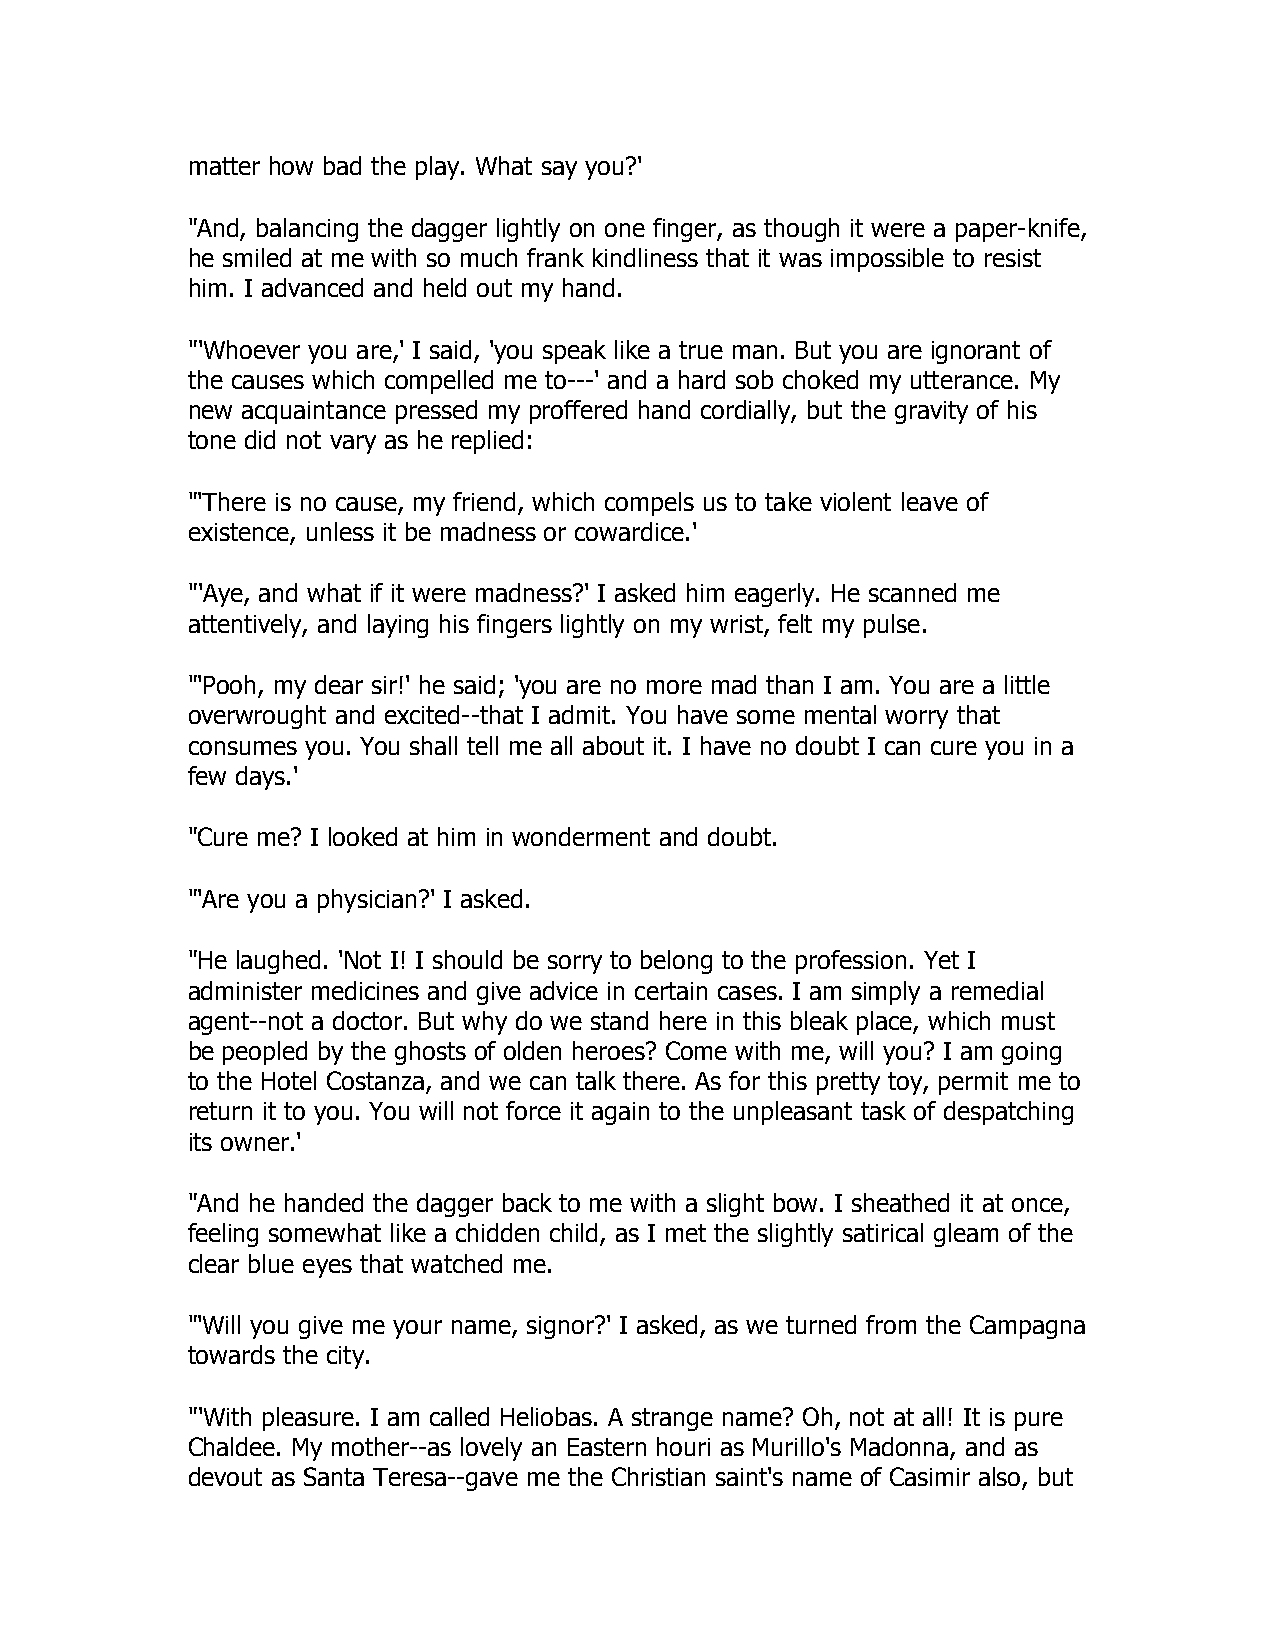
matter how bad the play. What say you?'
 "And, balancing the dagger lightly on one finger, as though it were a paper-knife,
 he smiled at me with so much frank kindliness that it was impossible to resist
 him. I advanced and held out my hand.
 "'Whoever you are,' I said, 'you speak like a true man. But you are ignorant of
 the causes which compelled me to---' and a hard sob choked my utterance. My
 new acquaintance pressed my proffered hand cordially, but the gravity of his
 tone did not vary as he replied:
 "'There is no cause, my friend, which compels us to take violent leave of
 existence, unless it be madness or cowardice.'
 "'Aye, and what if it were madness?' I asked him eagerly. He scanned me
 attentively, and laying his fingers lightly on my wrist, felt my pulse.
 "'Pooh, my dear sir!' he said; 'you are no more mad than I am. You are a little
 overwrought and excited--that I admit. You have some mental worry that
 consumes you. You shall tell me all about it. I have no doubt I can cure you in a
 few days.'
 "Cure me? I looked at him in wonderment and doubt.
 "'Are you a physician?' I asked.
 "He laughed. 'Not I! I should be sorry to belong to the profession. Yet I
 administer medicines and give advice in certain cases. I am simply a remedial
 agent--not a doctor. But why do we stand here in this bleak place, which must
 be peopled by the ghosts of olden heroes? Come with me, will you? I am going
 to the Hotel Costanza, and we can talk there. As for this pretty toy, permit me to
 return it to you. You will not force it again to the unpleasant task of despatching
 its owner.'
 "And he handed the dagger back to me with a slight bow. I sheathed it at once,
 feeling somewhat like a chidden child, as I met the slightly satirical gleam of the
 clear blue eyes that watched me.
 "'Will you give me your name, signor?' I asked, as we turned from the Campagna
 towards the city.
 "'With pleasure. I am called Heliobas. A strange name? Oh, not at all! It is pure
 Chaldee. My mother--as lovely an Eastern houri as Murillo's Madonna, and as
 devout as Santa Teresa--gave me the Christian saint's name of Casimir also, but